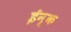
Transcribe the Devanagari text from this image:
ईन्क